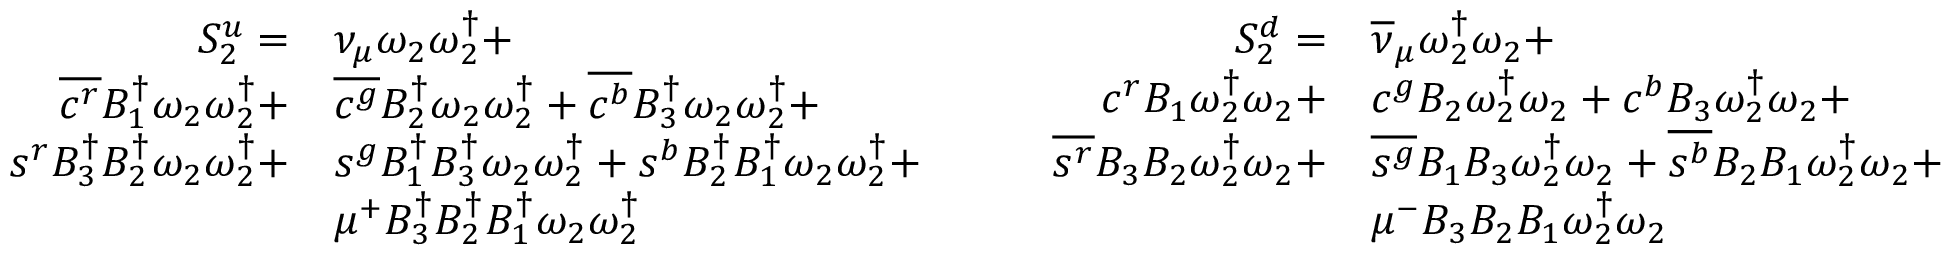
\begin{array} { r l } { S _ { 2 } ^ { u } = } & { { \nu _ { \mu } } \omega _ { 2 } \omega _ { 2 } ^ { \dagger } + } \\ { \overline { { c ^ { r } } } { B _ { 1 } ^ { \dagger } } \omega _ { 2 } \omega _ { 2 } ^ { \dagger } + } & { \overline { { c ^ { g } } } { B _ { 2 } ^ { \dagger } } \omega _ { 2 } \omega _ { 2 } ^ { \dagger } + \overline { { c ^ { b } } } { B _ { 3 } ^ { \dagger } } \omega _ { 2 } \omega _ { 2 } ^ { \dagger } + } \\ { s ^ { r } { B _ { 3 } ^ { \dagger } } { B _ { 2 } ^ { \dagger } } \omega _ { 2 } \omega _ { 2 } ^ { \dagger } + } & { s ^ { g } { B _ { 1 } ^ { \dagger } } { B _ { 3 } ^ { \dagger } } \omega _ { 2 } \omega _ { 2 } ^ { \dagger } + s ^ { b } { B _ { 2 } ^ { \dagger } } { B _ { 1 } ^ { \dagger } } \omega _ { 2 } \omega _ { 2 } ^ { \dagger } + } \\ & { \mu ^ { + } { B _ { 3 } ^ { \dagger } } { B _ { 2 } ^ { \dagger } } { B _ { 1 } ^ { \dagger } } \omega _ { 2 } \omega _ { 2 } ^ { \dagger } } \end{array} \qquad \begin{array} { r l } { S _ { 2 } ^ { d } = } & { { \overline { { \nu } } _ { \mu } } \omega _ { 2 } ^ { \dagger } \omega _ { 2 } + } \\ { { c } ^ { r } { B _ { 1 } } \omega _ { 2 } ^ { \dagger } \omega _ { 2 } + } & { { c } ^ { g } { B _ { 2 } } \omega _ { 2 } ^ { \dagger } \omega _ { 2 } + { c } ^ { b } { B _ { 3 } } \omega _ { 2 } ^ { \dagger } \omega _ { 2 } + } \\ { \overline { { s ^ { r } } } { B _ { 3 } } { B _ { 2 } } \omega _ { 2 } ^ { \dagger } \omega _ { 2 } + } & { \overline { { s ^ { g } } } { B _ { 1 } } { B _ { 3 } } \omega _ { 2 } ^ { \dagger } \omega _ { 2 } + \overline { { s ^ { b } } } { B _ { 2 } } { B _ { 1 } } \omega _ { 2 } ^ { \dagger } \omega _ { 2 } + } \\ & { \mu ^ { - } { B _ { 3 } } { B _ { 2 } } { B _ { 1 } } \omega _ { 2 } ^ { \dagger } \omega _ { 2 } } \end{array}